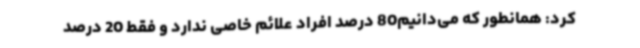
کرد: همانطور که می‌دانیم80 درصد افراد علائم خاصی ندارد و فقط 20 درصد